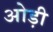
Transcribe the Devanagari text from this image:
ओड़ी